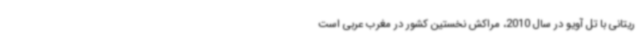
ریتانی با تل آویو در سال 2010، مراکش نخستین کشور در مغرب عربی است